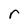
Character: r